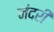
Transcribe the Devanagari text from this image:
नंदरी